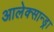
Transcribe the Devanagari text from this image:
आलेक्सान्ड्रा